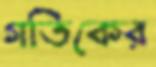
গতিকের